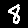
Digit: 8